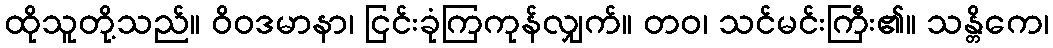
ထိုသူတို့သည်။ ဝိဝဒမာနာ၊ ငြင်းခုံကြကုန်လျှက်။ တဝ၊ သင်မင်းကြီး၏။ သန္တိကေ၊